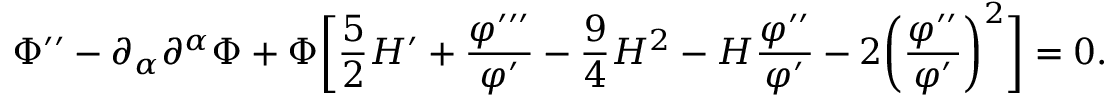
\Phi ^ { \prime \prime } - \partial _ { \alpha } \partial ^ { \alpha } \Phi + \Phi \biggl [ \frac { 5 } { 2 } { \cal H } ^ { \prime } + \frac { \varphi ^ { \prime \prime \prime } } { \varphi ^ { \prime } } - \frac { 9 } { 4 } { \cal H } ^ { 2 } - { \cal H } \frac { \varphi ^ { \prime \prime } } { \varphi ^ { \prime } } - 2 \biggl ( \frac { \varphi ^ { \prime \prime } } { \varphi ^ { \prime } } \biggr ) ^ { 2 } \biggr ] = 0 .